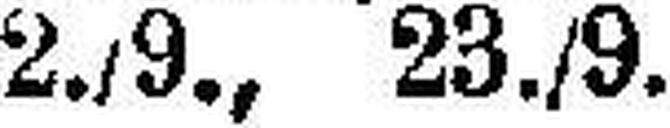
2./9., 23./9.